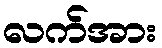
လက်အား